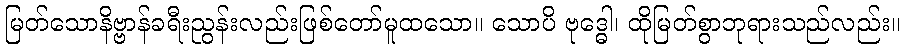
မြတ်သောနိဗ္ဗာန်ခရီးညွန်းလည်းဖြစ်တော်မူထသော။ သောပိ ဗုဒ္ဓေါ၊ ထိုမြတ်စွာဘုရားသည်လည်း။